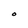
Character: O